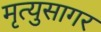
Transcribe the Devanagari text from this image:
मृत्युसागर